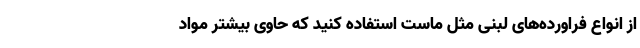
از انواع فراورده‌های لبنی مثل ماست استفاده کنید که حاوی بیشتر مواد